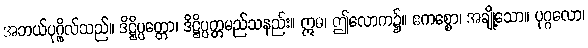
အဘယ်ပုဂ္ဂိုလ်သည်။ ဒိဋ္ဌိပ္ပတ္တော၊ ဒိဋ္ဌိပ္ပတ္တမည်သနည်း။ ဣဓ၊ ဤလောက၌။ ဧကစ္စော၊ အချို့သော။ ပုဂ္ဂလော၊